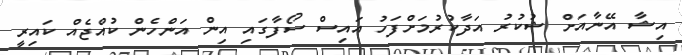
އިޝާ އޭނާއަށް ޝުކުރު އަދާކުރުމަށްފަހު އައިސް ސޯފާގައި އިން އަންހެން ކުއްޖެއް ކައިރީ